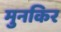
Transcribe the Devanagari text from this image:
मुनकिर